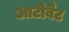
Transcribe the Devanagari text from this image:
आटोबैट